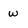
Character: w